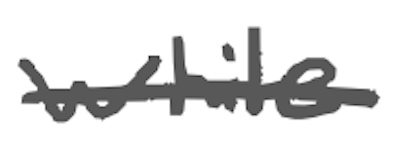
Text: while
Cross-out: single-line
Writing tool: digital_gray